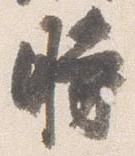
時